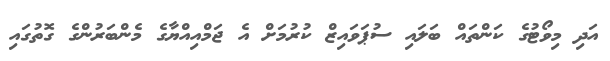
އަދި މިވޯޓުގެ ކަންތައް ބަލައި ސުޕަވައިޒް ކުރުމަށް އެ ޖަމްއިއްޔާގެ މެންބަރުންގެ ގޮތުގައި